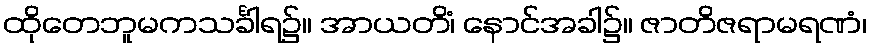
ထိုတေဘူမကသင်္ခါရ၌။ အာယတိံ၊ နောင်အခါ၌။ ဇာတိဇရာမရဏံ၊